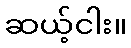
ဆယ့်ငါး။